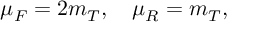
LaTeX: \mu _ { F } = 2 m _ { T } , \quad \mu _ { R } = m _ { T } ,